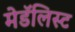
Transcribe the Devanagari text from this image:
मेडॅलिस्ट